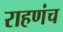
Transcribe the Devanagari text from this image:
राहणंच